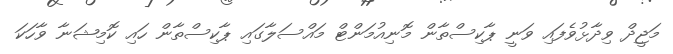
މަޖީދް ވިދާޅުވެފައި ވަނީ ޕާކިސްތާން މޮނިއުމަންޓް މައްސަލާގައި ޕާކިސްތާން ހައި ކޮމިޝަނާ ވާހަކަ